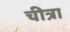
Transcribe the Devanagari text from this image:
चीत्रा